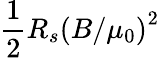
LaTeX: \frac{1}{2}R_{s}\left(B/\mu_{0}\right)^{2}